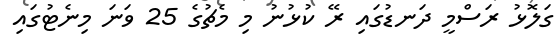
ގަލޮޅު ރަސްމީ ދަނޑުގައި ރޭ ކުޅުނު މި މެޗުގެ 25 ވަނަ މިނެޓުގައި